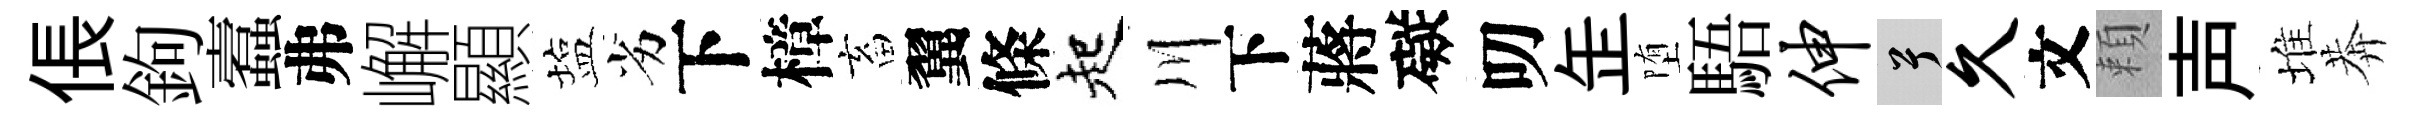
倀鉤蠧弗嶰顯塩劣下樟畜翼條起川下蔣礙叨𦈢堕䮏伸兮久文頼声堆莾